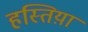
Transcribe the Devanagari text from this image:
हस्तिय़ां